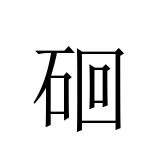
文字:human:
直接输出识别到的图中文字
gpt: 硘